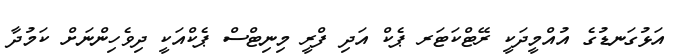
އަޅުގަނޑުގެ އުއްމީދަކީ ރޭޓްކަޓަރ ޕެކް އަދި ފްރީ މިނިޓްސް ޕެކްއަކީ ދިވެހިންނަށް ކަމުދާ